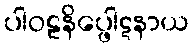
ပါဝဠနိပ္ဖေါဋနာယ